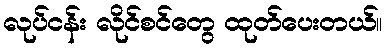
လုပ်ငန်း လိုင်စင်တွေ ထုတ်ပေးတယ်။